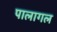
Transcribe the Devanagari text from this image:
पालागल